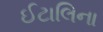
ઈટાલિના